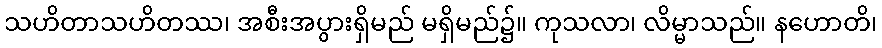
သဟိတာသဟိတဿ၊ အစီးအပွားရှိမည် မရှိမည်၌။ ကုသလာ၊ လိမ္မာသည်။ နဟောတိ၊